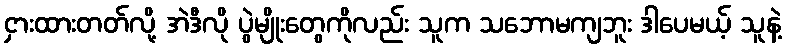
ငှားထားတတ်လို့ အဲဒီလို ပွဲမျိုးတွေကိုလည်း သူက သဘောမကျဘူး ဒါပေမယ့် သူနဲ့